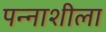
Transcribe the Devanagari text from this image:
पन्नाशीला